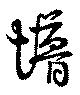
儚